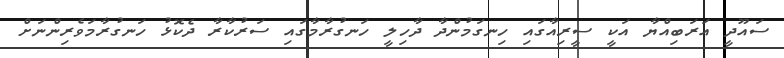
ސައޫދީ އަރަބިއްޔާ އަކީ ސީރިއާގައި ހިނގަމުންދާ ދާހިލީ ހަނގުރާމާގައި ސަރުކާރާ ދެކޮޅު ހަނގުރާމަވެރިންނަށް